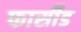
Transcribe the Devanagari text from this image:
फार्सीड